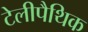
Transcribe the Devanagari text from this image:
टेलीपैथिक